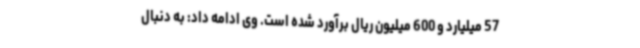
57 میلیارد و 600 میلیون ریال برآورد شده است. وی ادامه داد: به دنبال